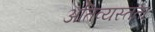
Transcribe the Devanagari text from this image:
अतिव्यस्तता